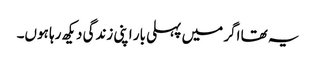
یہ تھا اگر میں پہلی بار اپنی زندگی دیکھ رہا ہوں۔